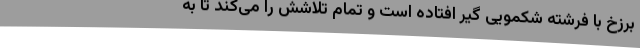
برزخ با فرشته‌ شکمویی گیر افتاده است و تمام تلاشش را می‌کند تا به